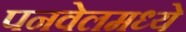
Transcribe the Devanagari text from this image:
पनवेलमध्ये